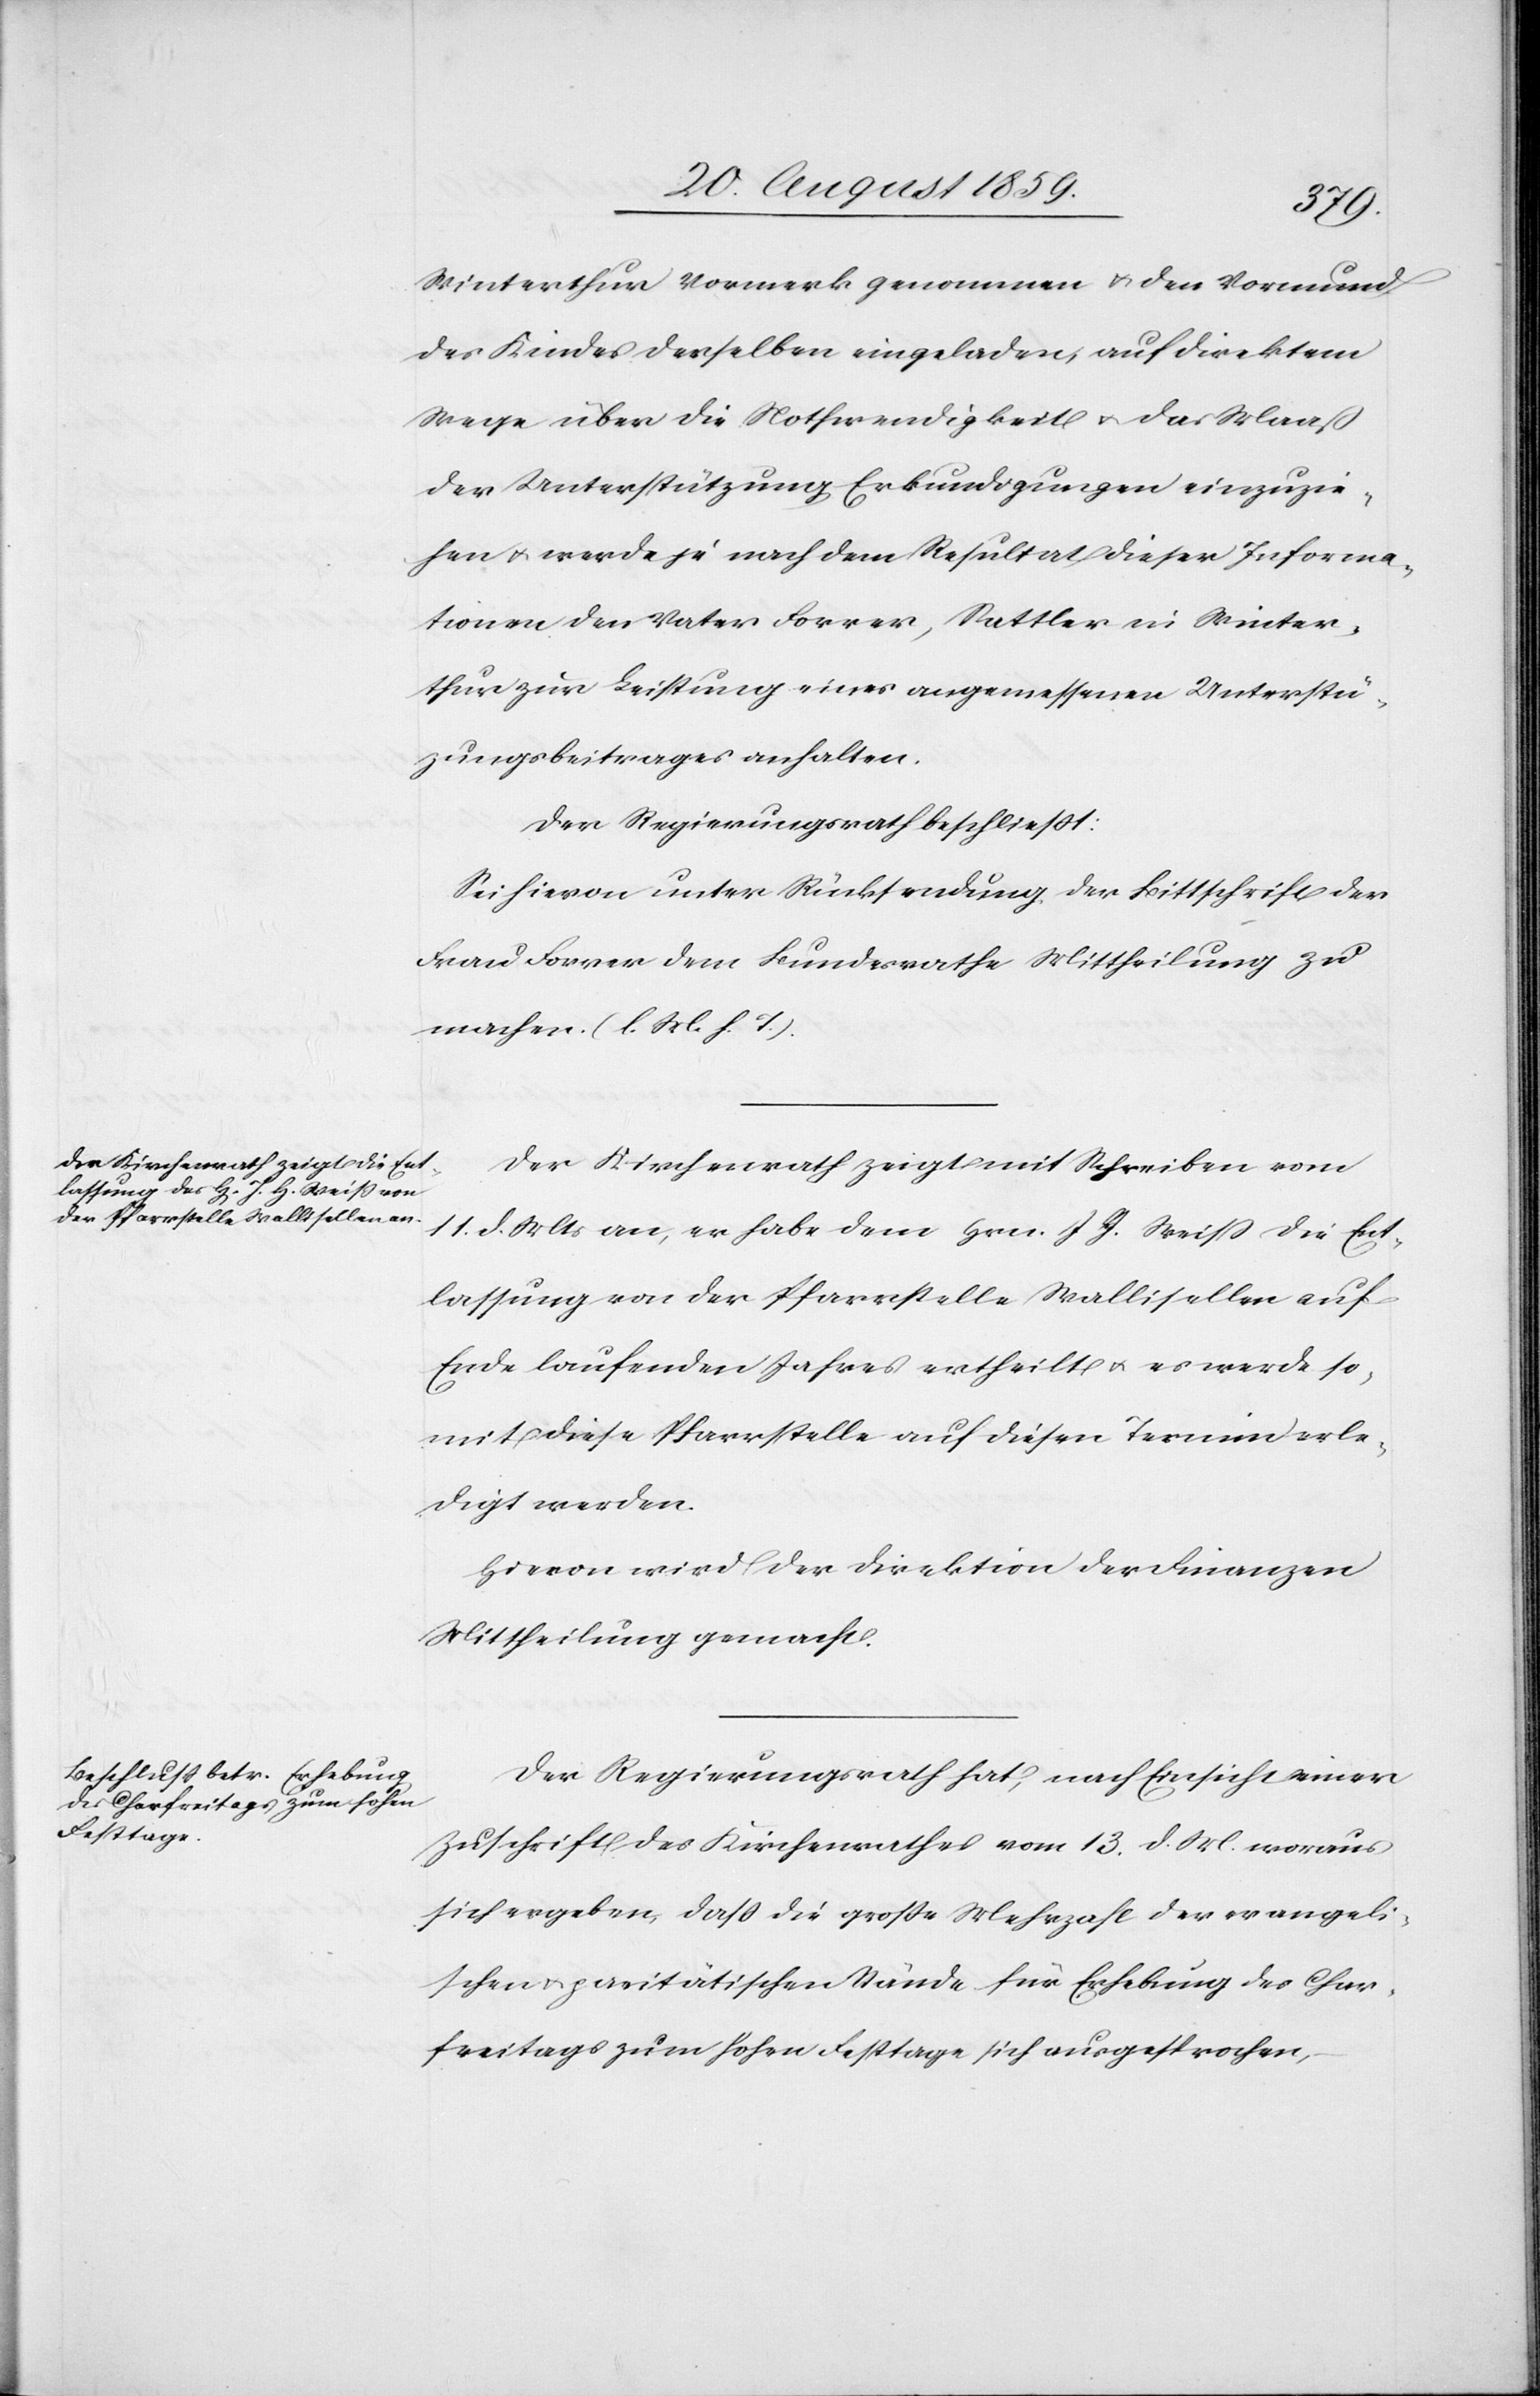
Winterthur Vormerk genommen & den Vormund
des Kindes derselben eingeladen, auf direktem
Wege über die Nothwendigkeit & das Maaß
der Unterstützung Erkundigungen einzuzie¬
hen & werde je nach dem Resultat dieser Informa¬
tionen den Vater Forrer, Sattler in Winter¬
thur zur Leistung eines angemessenen Unterstüt¬
zungsbeitrages anhalten.
Der Regierungsrath beschließt:
Sei hievon unter Rücksendung der Bittschrift der
Frau Forrer dem Bundesrathe Mittheilung zu
machen. (l. M. h. T.)
Der Kirchenrath zeigt mit Schreiben vom
11. d. Mts. an, er habe dem Hrn. J. J. [sic!] Weiß die Ent¬
lassung von der Pfarrstelle Wallisellen auf
Ende laufenden Jahres ertheilt & es werde so¬
mit diese Pfarrstelle auf diesen Termin erle¬
digt werden.
Hievon wird der Direktion der Finanzen
Mittheilung gemacht.
Der Regierungsrath hat, nach Einsicht einer
Zuschrift des Kirchenrathes vom 13. d. M. woraus
sich ergeben, daß die große Mehrzahl der evangeli¬
schen & paritätischen Stände für Erhebung des Char¬
freitags zum hohen Festtage sich ausgesprochen,

–